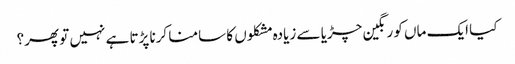
کیا ایک ماں کو رنگین چڑیا سے زیادہ مشکلوں کا سامنا کرنا پڑتا ہے نہیں تو پھر؟